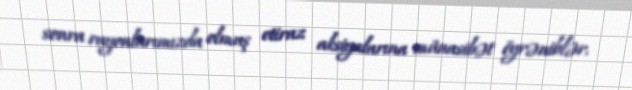
sonra rayonlarımızda olmuş etiraz aksiyalarına münasibət öyrəniblər.